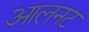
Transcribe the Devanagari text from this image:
आलनट